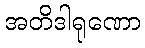
အတိဒါရုဏော